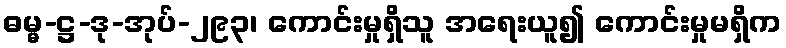
ဓမ္မ-ဋ္ဌ-ဒု-အုပ်-၂၉၃၊ ကောင်းမှုရှိသူ အရေးယူ၍ ကောင်းမှုမရှိက